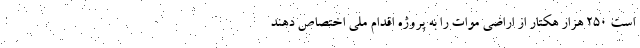
است ۲۵۰ هزار هکتار از اراضی موات را به پروژه اقدام ملی اختصاص دهند